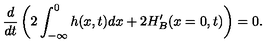
\frac { d } { d t } \left( 2 \int _ { - \infty } ^ { 0 } h ( x , t ) d x + 2 H _ { B } ^ { \prime } ( x = 0 , t ) \right) = 0 .